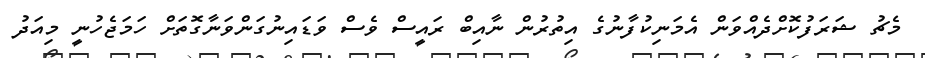
މެޗު ޝަރަފުކޮށްދެއްވަން އެމަނިކުފާނުގެ އިތުރުން ނާއިބް ރައީސް ވެސް ވަޑައިނުގަންވަނާގޮތަށް ހަމަޖެހުނީ މިއަދު